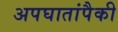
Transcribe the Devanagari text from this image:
अपघातांपैकी